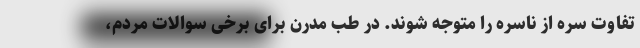
تفاوت سره از ناسره را متوجه شوند. در طب مدرن برای برخی سوالات مردم،